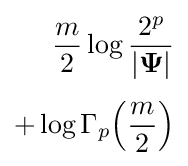
{\begin{aligned}{\frac {m}{2}}\log {\frac {2^{p}}{|{\boldsymbol {\Psi }}|}}\\[4pt]+\log \Gamma _{p}{\left({\frac {m}{2}}\right)}\end{aligned}}